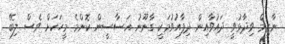
ނާޒިމް ވިދާޅުވީ ދައުވާއިން ދިފާއުވުމަކީ ގާނޫނު އަސާސީން ކޮންމެ މީހަކަށް ވެސް ލިބޭ